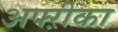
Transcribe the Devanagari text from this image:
अफ्ऱीका